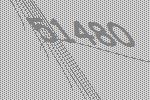
51480